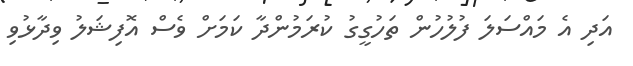
އަދި އެ މައްސަލަ ފުލުހުން ތަހުގީގު ކުރަމުންދާ ކަމަށް ވެސް އޮފިޝަލު ވިދާޅުވި